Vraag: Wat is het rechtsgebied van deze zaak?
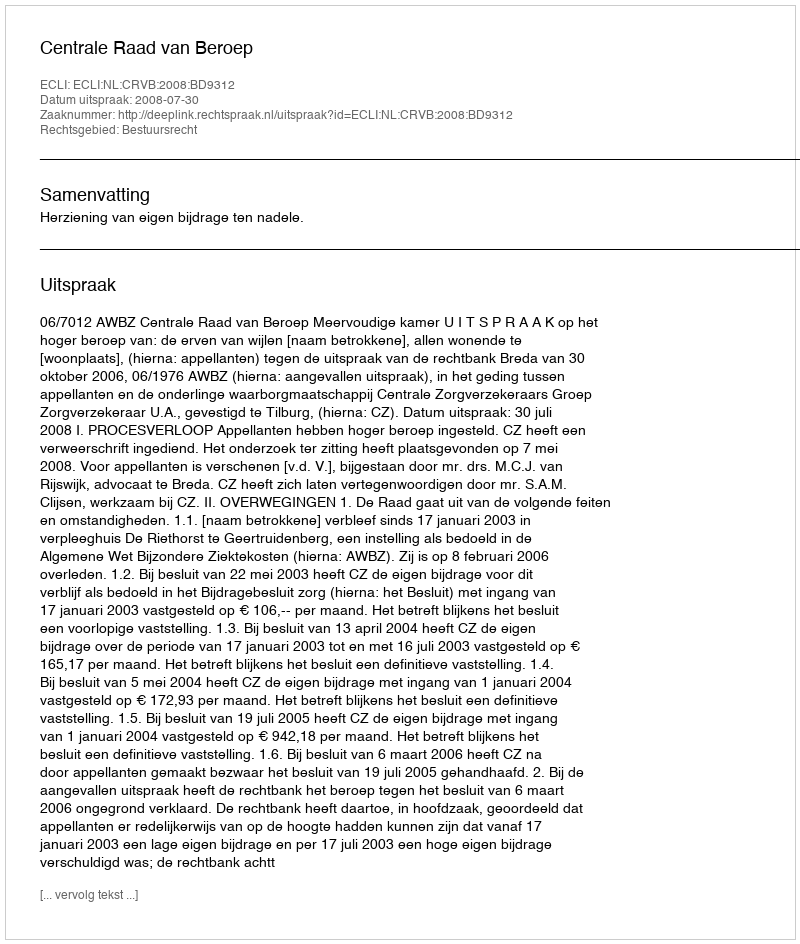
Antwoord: Bestuursrecht